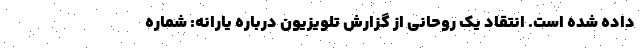
داده شده است. انتقاد یک روحانی از گزارش تلویزیون درباره یارانه: شماره